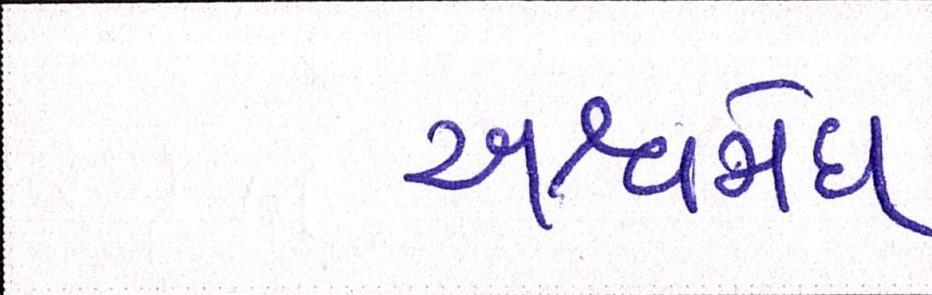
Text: અશ્વમેઘ